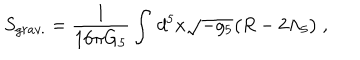
LaTeX: S _ { g r a v . } = \frac { 1 } { 1 6 \pi G _ { 5 } } \int \, d ^ { 5 } x \sqrt { - g _ { 5 } } \big ( R - 2 \Lambda _ { 5 } \big ) \ ,